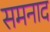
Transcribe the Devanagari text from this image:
समनाद